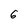
Character: 6